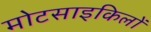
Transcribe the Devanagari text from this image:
मोटसाइकिलों